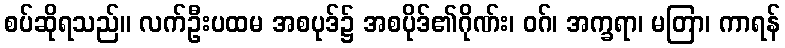
စပ်ဆိုရသည်။ လက်ဦးပထမ အစပုဒ်၌ အစပိုဒ်၏ဂိုဏ်း၊ ဝဂ်၊ အက္ခရာ၊ မတြာ၊ ကာရန်